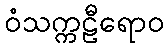
ဝံသက္ကဠီရောဝ